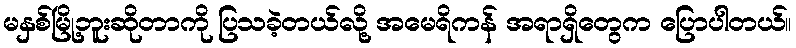
မနှစ်မြို့ဘူးဆိုတာကို ပြသခဲ့တယ်လို့ အမေရိကန် အရာရှိတွေက ပြောပါတယ်။